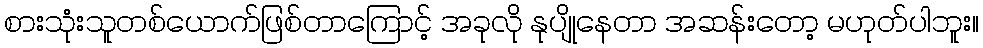
စားသုံးသူတစ်ယောက်ဖြစ်တာကြောင့် အခုလို နုပျိုနေတာ အဆန်းတော့ မဟုတ်ပါဘူး။